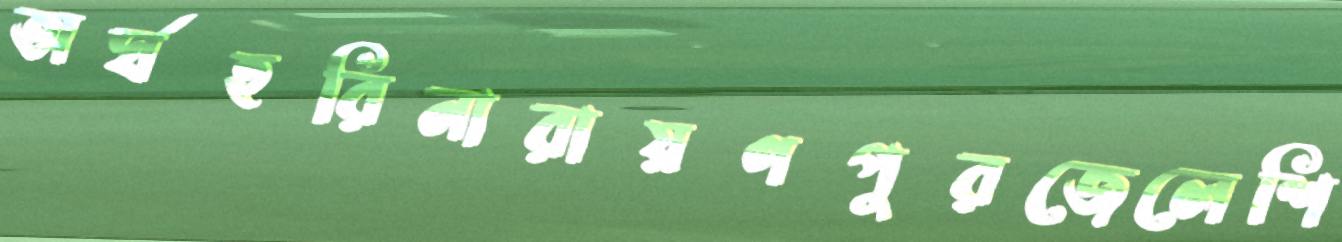
অর্ঘহরিনারায়ণপুরজেলেশি